Lunatic asylums United Provinces 1909-1921 - 1909-1921
Year: 1909
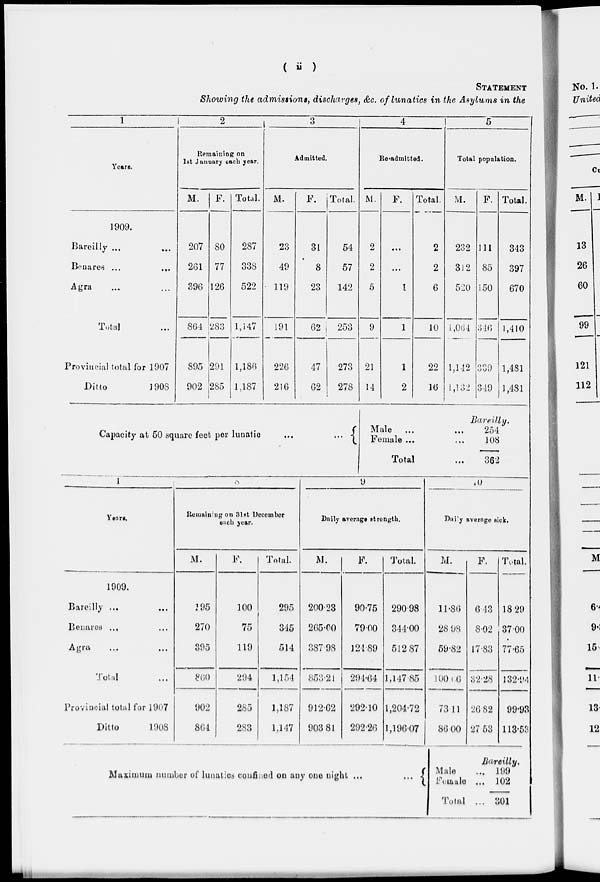
( ii )
STATEMENT
Showing the admissions, discharges, &c. of lunatics in the Asylums in the
1
Years.
1909.
Bareilly ... ...
Benares ... ...
Agra ... ...
Total ...
Provincial total for 1907
Ditto
1908
2
Remaining on
1st January each year.
M.
F. Total.
3
Admitted.
M.
F. Total.
4
Re-admitted.
M.
F.
Total.
5
Total population.
M.
F. Total.
207
261
396
864
895
902
80
77
126
283
291
285
287
338
522
1,147
1,186
1,187
23
49
119
191
226
216
31
8
23
62
47
62
54
57
142
253
273
278
2
2
5
9
21
14
...
...
1
1
1
2
2
2
6
10
22
16
232
312
520
1 ,064
1,142
1,132
111
85
150
316
339
349
343
397
670
1,410
1,481
1,481
Bareilly.
Capacity at 50 square feet per lunatic
...
...
Male ... ...
Female ... ...
Total ...
254
108
362
1
Years.
1909.
Bareilly ... ...
Benares ... ...
Agra ... ...
Total ...
Provincial total for 1907
Ditto
1908
8
Remaining on 31st December
each year.
M.
195
270
395
860
902
864
F.
100
75
119
294
285
283
Total.
295
345
514
1,154
1,187
1,147
9
Daily average strength.
M.
200.23
265.00
387.98
853.21
912.62
903.81
F.
90.75
79.00
124.89
204.64
292.10
292.26
Total.
290.98
344.00
512.87
1,147.85
1,204.72
1,196.07
10
Daily average sick.
M.
11.86
28.98
59.82
100.06
73.11
86.00
F.
6.43
8.02
17.83
32.28
26.82
27.53
Total.
18.29
37.00
77.65
132.94
99.93
113.53
Maximum number of lunatics confined on any one night ...
...
Bareilly.
Male ...
Female ...
Total ...
199
102
301